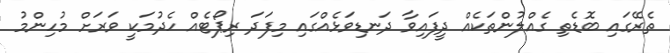
ތެރޭގައި ބޮޑެތި ގެއްލުންތަކެއް ދީފައިވާ ދަނޑިވަޅެއްގައި މިފަދަ ރިޕޯޓެއް ހެދުމަކީ ވަރަށް މުހިންމު